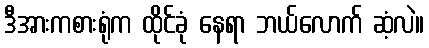
ဒီအားကစားရုံက ထိုင်ခုံ နေရာ ဘယ်လောက် ဆံ့လဲ။